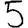
Digit: 5